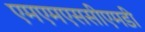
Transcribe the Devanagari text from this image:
एमएमएससीएमडी